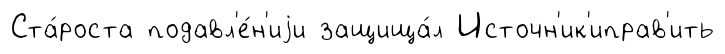
Ста́роста подавл'е́н'иjи защища́л Источн'ик'иправ'ить